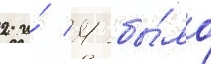
2 и́ 4 бы́ло